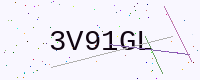
Text: 3V91GL